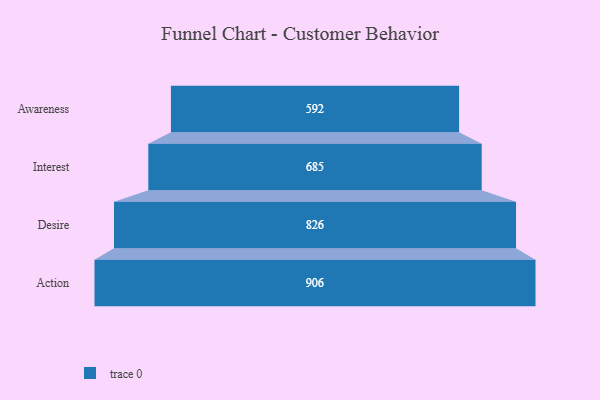
{"axis": {"x": "Stage", "y": "Value"}, "legend": [""], "data": [{"x": "Awareness", "y": 592.0, "type": ""}, {"x": "Interest", "y": 685.0, "type": ""}, {"x": "Desire", "y": 826.0, "type": ""}, {"x": "Action", "y": 906.0, "type": ""}]}